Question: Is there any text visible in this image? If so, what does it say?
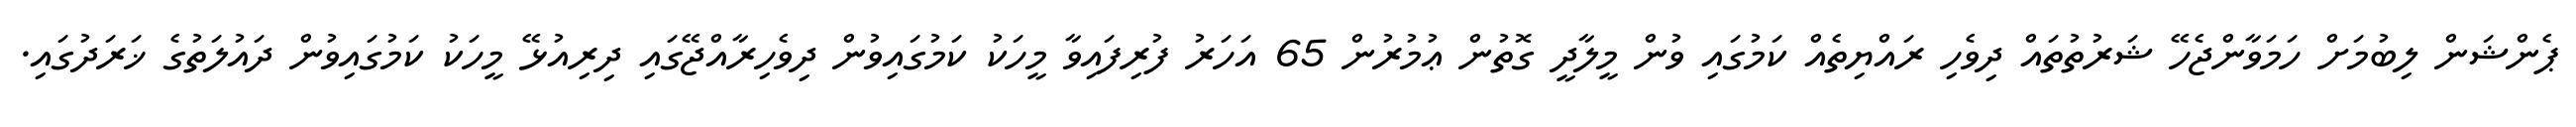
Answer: ޕެންޝަން ލިބުމަށް ހަމަވާންޖެހޭ ޝަރުތުތައް ދިވެހި ރައްޔިތެއް ކަމުގައި ވުން މީލާދީ ގޮތުން ޢުމުރުން 65 އަހަރު ފުރިފައިވާ މީހަކު ކަމުގައިވުން ދިވެހިރާއްޖޭގައި ދިރިއުޅޭ މީހަކު ކަމުގައިވުން ދައުލަތުގެ ޚަރަދުގައި.